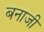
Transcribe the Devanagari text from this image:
बनाजी